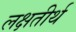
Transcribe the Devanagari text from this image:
लक्षतीर्थ